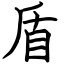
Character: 盾